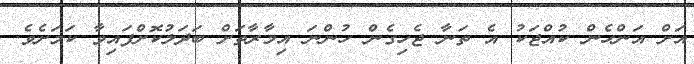
އަށް އަންހެން ކުއްޖަކު އެ ތަނާ ޖެހިގެން ހުންނަ އިމާރާތަށް ބަދަލުކޮށްފައިވާ ކަމަށެވެ.